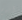
ايهم